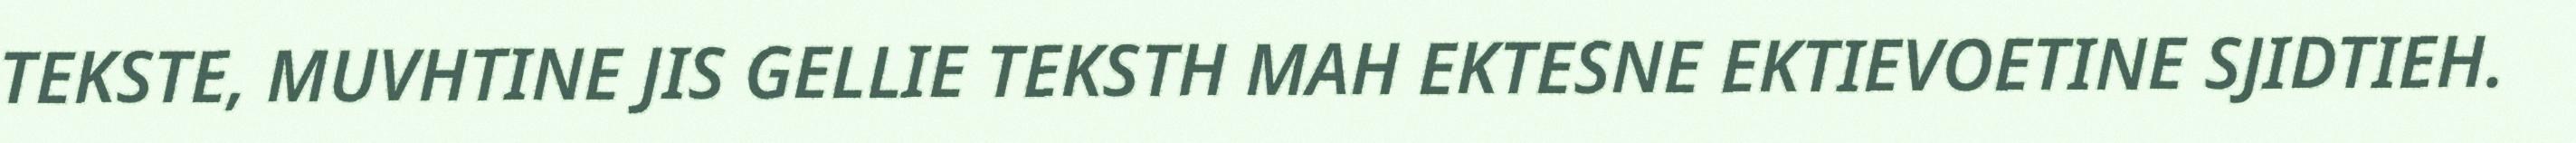
TEKSTE, MUVHTINE JIS GELLIE TEKSTH MAH EKTESNE EKTIEVOETINE SJIDTIEH.